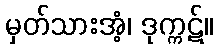
မှတ်သားအံ့၊ ဒုက္ကဋ်။